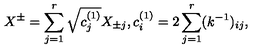
X ^ { \pm } = \sum _ { j = 1 } ^ { r } \sqrt { c _ { j } ^ { ( 1 ) } } X _ { \pm j } , c _ { i } ^ { ( 1 ) } = 2 \sum _ { j = 1 } ^ { r } ( k ^ { - 1 } ) _ { i j } ,